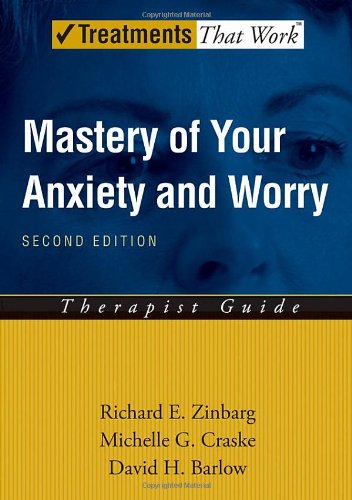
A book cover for Mastery of Your Anxiety and Worry (MAW): Therapist Guide (Treatments That Work); Richard E. Zinbarg; Health, Fitness & Dieting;